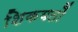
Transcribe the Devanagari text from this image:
शिकयतों